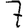
Digit: 7